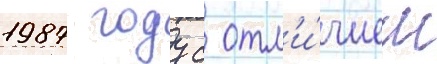
1987 году с отл'и́чием